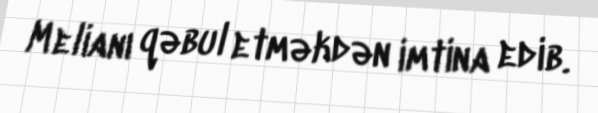
Melianı qəbul etməkdən imtina edib.